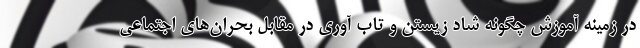
در زمینه آموزش چگونه شاد زیستن و تاب آوری در مقابل بحران‌های اجتماعی